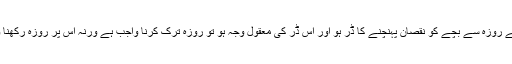
اگر اس کے روزہ سے بچے کو نقصان پہنچنے کا ڈر ہو اور اس ڈر کی معقول وجہ ہو تو روزہ ترک کرنا واجب ہے ورنہ اس پر روزہ رکھنا واجب ہے۔